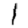
Digit: 1